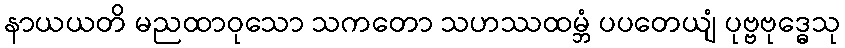
နာယယတိ မညထာဝုသော သကတော သဟဿထမ္ဘံ ပပတေယျံ ပုဗ္ဗဗုဒ္ဓေသု